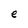
Character: e